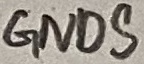
Text: GNDS